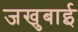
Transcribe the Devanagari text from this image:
जखुबाई